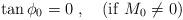
LaTeX: \begin{align*}\tan \phi_0 = 0 \ , \ \ \ ({\rm if} \ M_0\ne 0)\end{align*}